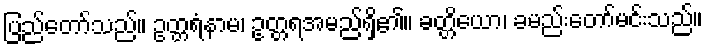
ပြည်တော်သည်။ ဥတ္တရံနာမ၊ ဥတ္တရအမည်ရှိ၏။ ခတ္တိယော၊ ခမည်းတော်မင်းသည်။